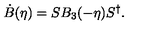
\dot { B } ( \eta ) = S B _ { 3 } ( - \eta ) S ^ { \dagger } .